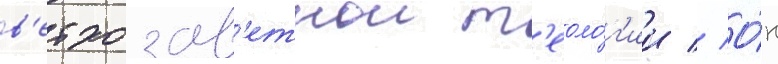
в'етхозав'етнои т'еоло́г'ии // О́н